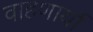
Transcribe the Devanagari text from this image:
वाहणार्या